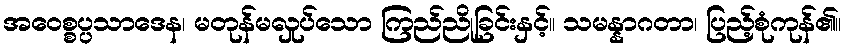
အဝေစ္စပ္ပသာဒေန၊ မတုန်မလှုပ်သော ကြည်ညိုခြင်းနှင့်။ သမန္နာဂတာ၊ ပြည့်စုံကုန်၏။